Vaccination in Burma 1920-1933 - 1920-1933
Year: 1920
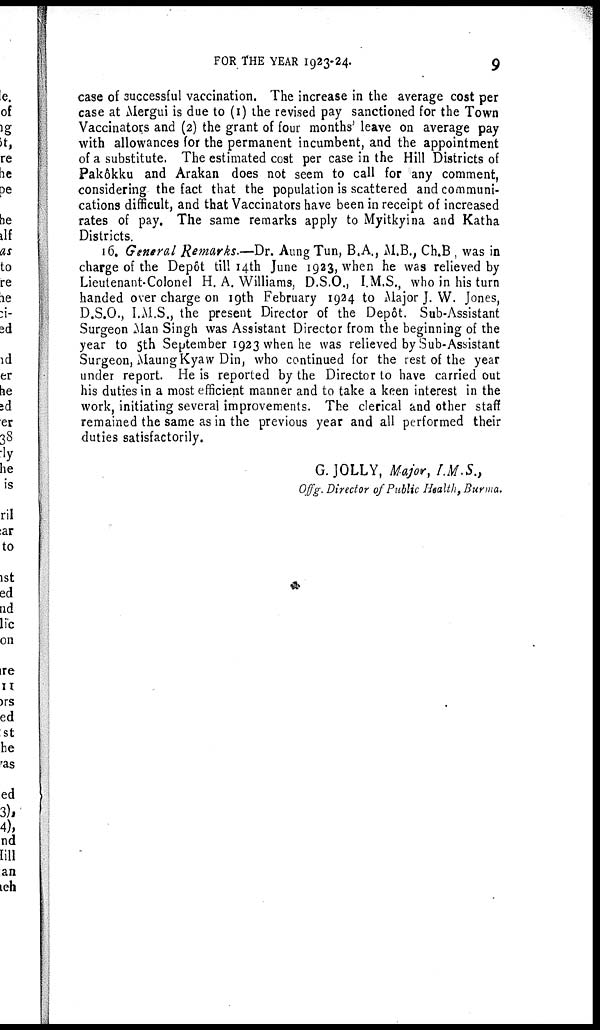
FOR THE YEAR 1923-24.
9
case of successful vaccination. The increase in the average cost per
case at Mergui is due to (1) the revised pay sanctioned for the Town
Vaccinators and (2) the grant of four months' leave on average pay
with allowances for the permanent incumbent, and the appointment
of a substitute. The estimated cost per case in the Hill Districts of
Pakôkku and Arakan does not seem to call for any comment,
considering the fact that the population is scattered and communi-
cations difficult, and that Vaccinators have been in receipt of increased
rates of pay. The same remarks apply to Myitkyina and Katha
Districts.
16. General Remarks.—Dr. Aung Tun, B.A., M.B., Ch.B, was in
charge of the Depôt till 14th June 1923, when he was relieved by
Lieutenant-Colonel H. A. Williams, D.S.O., I.M.S., who in his turn
handed over charge on 19th February 1924 to Major J. W. Jones,
D.S.O., I.M.S., the present Director of the Depôt. Sub-Assistant
Surgeon Man Singh was Assistant Director from the beginning of the
year to 5th September 1923 when he was relieved by Sub-Assistant
Surgeon, Maung Kyaw Din, who continued for the rest of the year
under report. He is reported by the Director to have carried out
his duties in a most efficient manner and to take a keen interest in the
work, initiating several improvements. The clerical and other staff
remained the same as in the previous year and all performed their
duties satisfactorily.
G. JOLLY, Major, I.M.S.,
Offg. Director of Public Health, Burma.